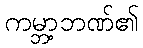
ကမ္ဘာ့ဘဏ်၏